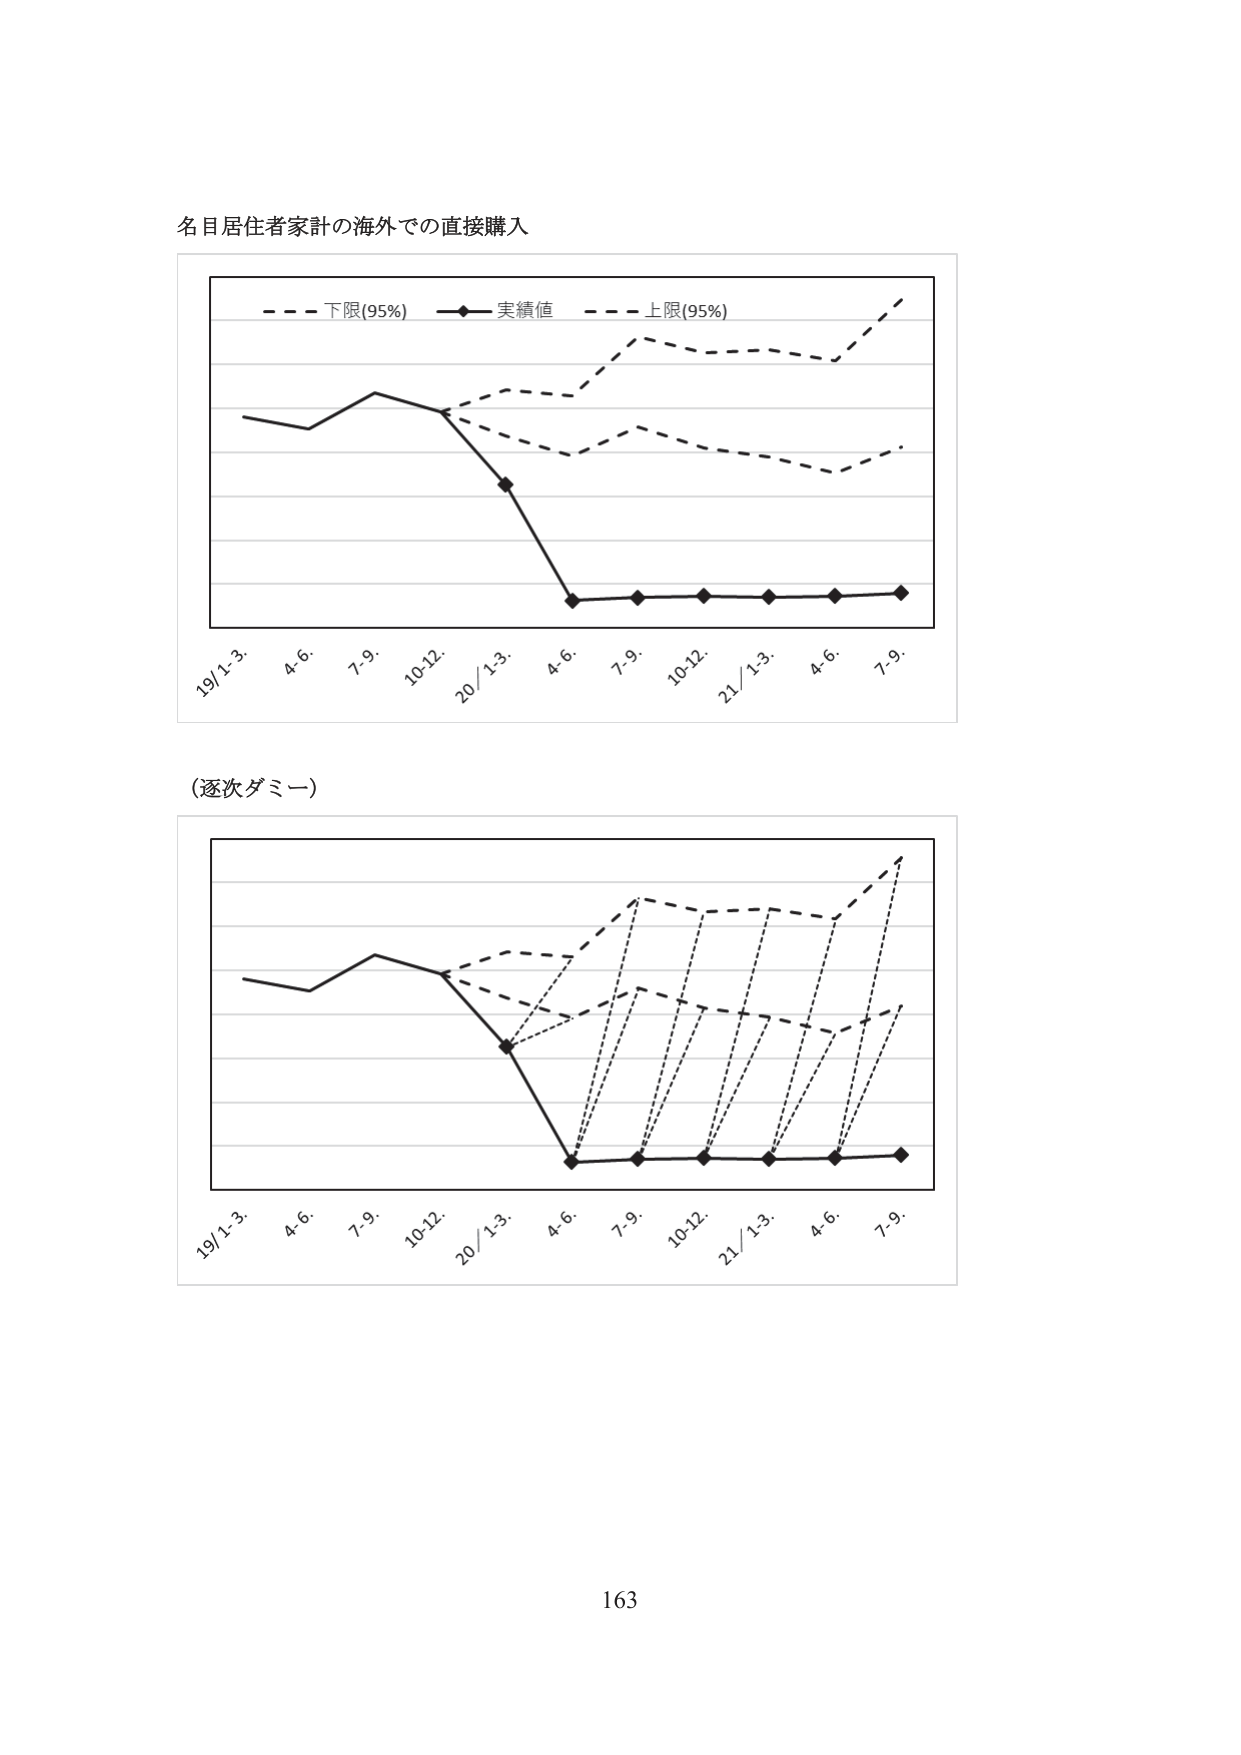
名目居住者家計の海外での直接購入

- - - 下限(95%)  —◆— 実績値  - - - 上限(95%)

19/1-3.  4.6.  7.9.  10-12.  20/1-3.  4.6.  7.9.  10-12.  21/1-3.  4.6.  7.9.

(逐次ダミー)

19/1-3.  4.6.  7.9.  10-12.  20/1-3.  4.6.  7.9.  10-12.  21/1-3.  4.6.  7.9.

163